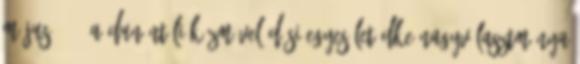
május 7. – A Dunántúli Közművelődési Egyesület DKE nagyválasztmánya